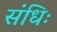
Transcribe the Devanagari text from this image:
संधिः